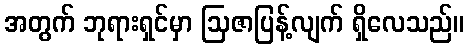
အတွက် ဘုရားရှင်မှာ ဩဇာပြန့်လျက် ရှိလေသည်။